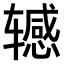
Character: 𫐘